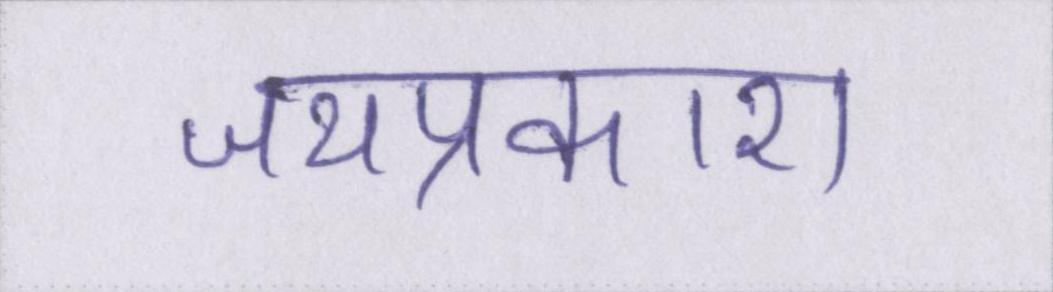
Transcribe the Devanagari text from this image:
जयप्रकाश